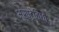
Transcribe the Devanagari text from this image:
भ्रष्टेविधौः